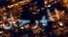
المهرجان